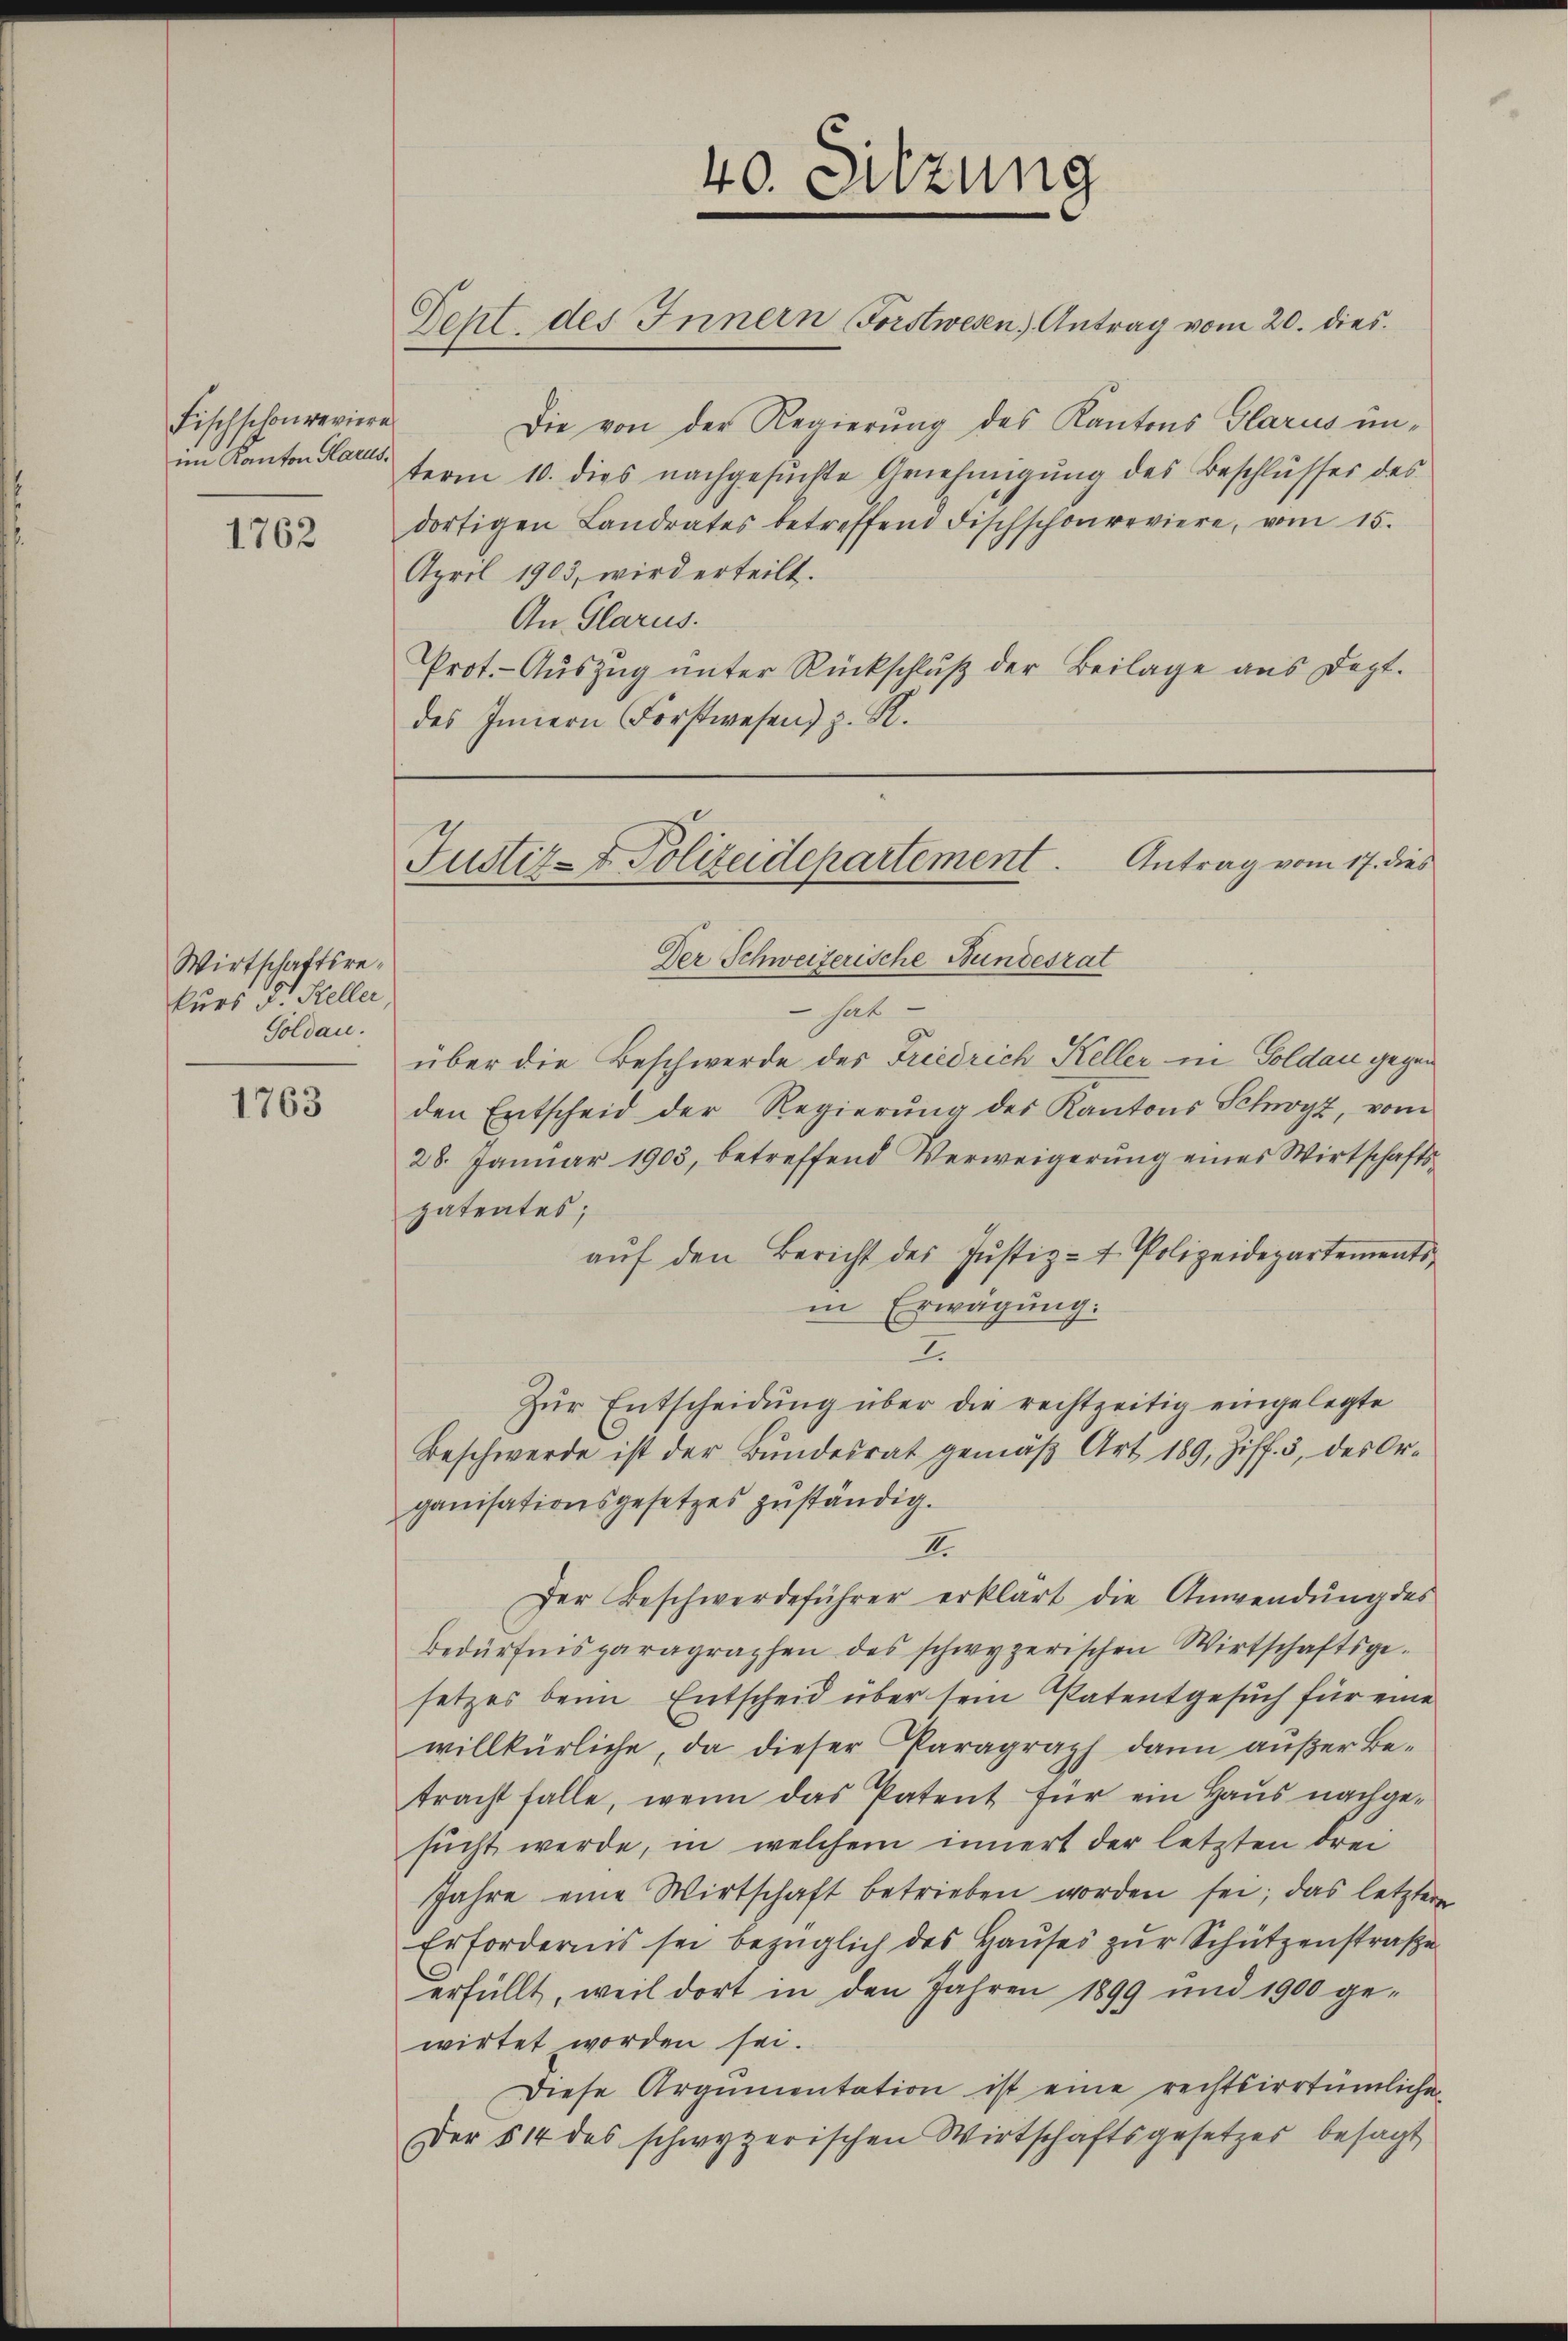
Fischschon reviere
im Kanton Harus.

1762

Wirtschaftsrekurs Dr. Steller,
Soldau.

1763

Deht des Innern Forstwesen Antrag vom 20. dies
Die von der Regierung des Kantons Glarus un-
term 10. dies nachgesŭchte Annehmigŭng des Beschlŭsses des
dortigen Landrates betreffend Fischschon reviere, vom 15.
April 1903, wird erteilt.
An Glarus.
Prot. - Auszug unter Rückschluß der Beilage aus Dept.
des Innern Forstwesen) z. R.

40. Sitzung

Der Schweizerische Bundesrat
hat
über die Beschwerde des Friedrich Keller in Goldau gegen
den Entscheid der Regierung des Kantons Schwyz, vom
28. Januar 1903, betreffend Verweigerung eines Wirtschafts-
zatentes;
aŭf den Bericht des Justiz- u. Polizeidepartements
in Erwägung.
I
Zur Entscheidung über die rechtzeitig eingelegte
Beschwerde ist der Bŭndesrat gemäβ Art. 189, Ziff. 3, des Or-
ganisationsgesetzes zuständig.
II.
Der Beschwerdeführer erklärt die Anwendung des
bedürfnis paragraphen des schwyzerischen Wirtschaftsge-
setzes beim Entscheid über sein Patentgesuch für eine
willkürliche, da dieser Paragraph dann außer Betracht falle, wenn das Patent für ein Haŭs nachge-
sucht werde, in welchem innert der letzten drei
Jahre eine Wirtschaft betrieben worden sei; das letztere
Erfordernis sei bezüglich des Haŭses zŭr Schützenstraβe
erfüllt, weil dort in den Jahren 1899 und 1900 ge-
wirtet worden sei.
Diese Argumentation ist eine rechtsirrtümliche
Der § 14 des schwyzerischen Wirtschaftsgesetzes besagt

Justiz- & Polizeidepartement. Antrag vom 17. dies